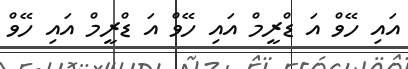
އައި ހޭވް އަ ޑްރީމް އައި ހޭވް އަ ޑްރީމް އައި ހޭވް